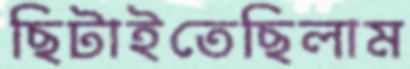
ছিটাইতেছিলাম